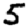
Digit: 5